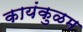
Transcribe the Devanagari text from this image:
कायंकुळम